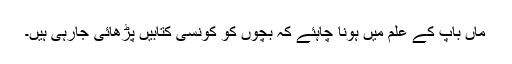
ماں باپ کے علم میں ہونا چاہئے کہ بچوں کو کونسی کتابیں پڑھائی جارہی ہیں۔